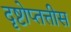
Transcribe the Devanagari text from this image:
दृष्टोप्तत्तीस